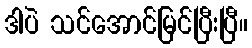
ဒါပဲ သင်အောင်မြင်ပြီးပြီ။